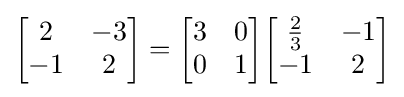
{\begin{bmatrix}2&-3\\-1&2\end{bmatrix}}={\begin{bmatrix}3&0\\0&1\end{bmatrix}}{\begin{bmatrix}{\frac {2}{3}}&-1\\-1&2\end{bmatrix}}